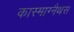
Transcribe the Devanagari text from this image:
कास्माग्नैथस